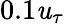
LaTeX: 0.1\mathit{u}_{\tau}